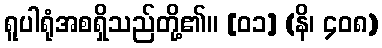
ရူပါရုံအစရှိသည်တို့၏။ [၀၁] (နိ၊ ၄၀၈)